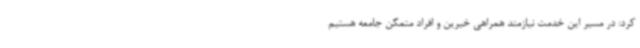
کرد: در مسیر این خدمت نیازمند همراهی خیرین و افراد متمکن جامعه هستیم